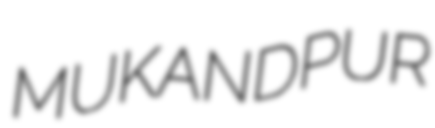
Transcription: MUKANDPUR